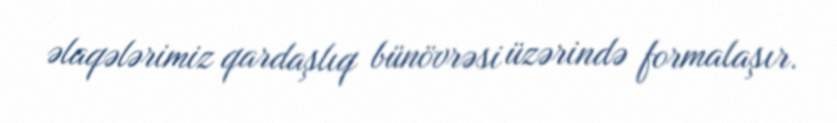
əlaqələrimiz qardaşlıq bünövrəsi üzərində formalaşır.